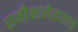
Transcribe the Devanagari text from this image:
समीक्षालेखनात